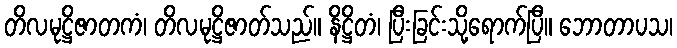
တိလမုဋ္ဌိဇာတကံ၊ တိလမုဋ္ဌိဇာတ်သည်။ နိဋ္ဌိတံ၊ ပြီးခြင်းသို့ရောက်ပြီ။ ဘောတာပသ၊